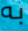
به